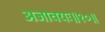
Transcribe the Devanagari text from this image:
अजावयः॥१०॥